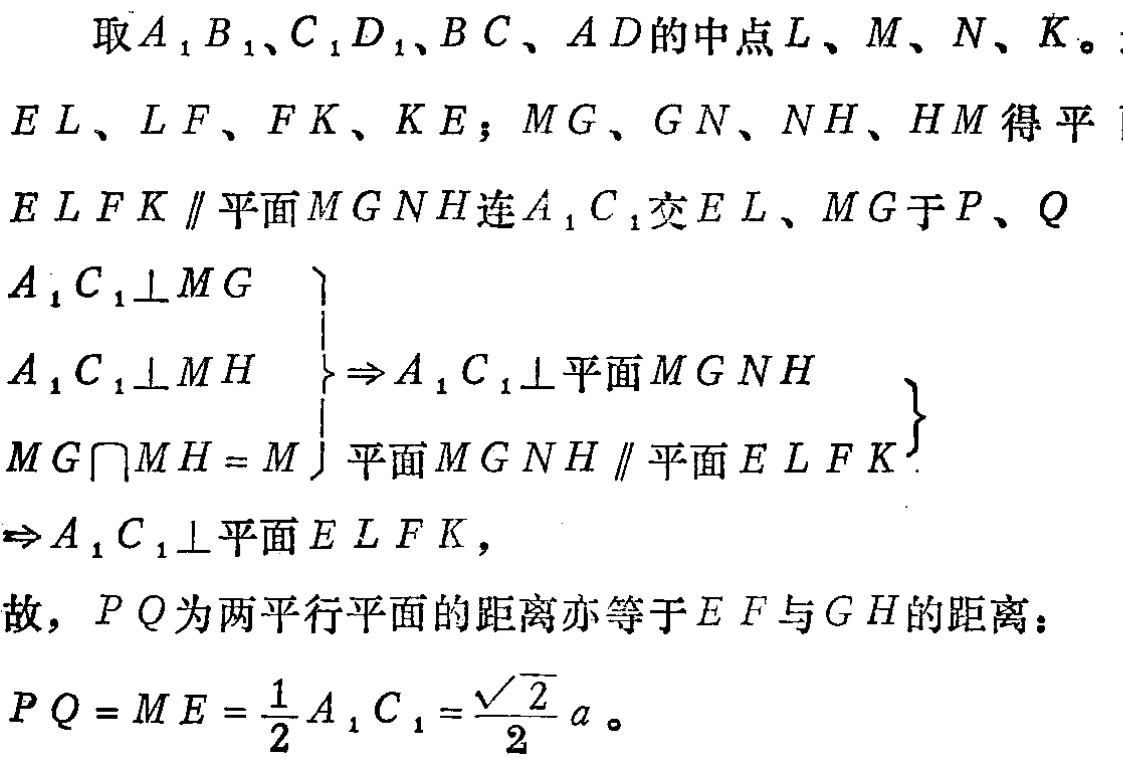
取\(A_1B_1\)、\(C_1D_1\)、\(BC\)、\(AD\)的中点\(L\)、\(M\)、\(N\)、\(K\)。
\(EL\)、\(LF\)、\(FK\)、\(KE\)；\(MG\)、\(GN\)、\(NH\)、\(HM\)得平
\(ELFK\parallel\)平面\(MGNH\)连\(A_1C_1\)交\(EL\)、\(MG\)于\(P\)、\(Q\)
\(\begin{cases}
A_1C_1\perp MG \\
A_1C_1\perp MH \\
MG\cap MH = M
\end{cases}\Rightarrow A_1C_1\perp\)平面\(MGNH\)
\(\left.\begin{array}{l}
\text{平面}MGNH\parallel\text{平面}ELFK
\end{array}\right\}\)
\(\Rightarrow A_1C_1\perp\)平面\(ELFK\)，
故，\(PQ\)为两平行平面的距离亦等于\(EF\)与\(GH\)的距离：
\(PQ = ME=\frac{1}{2}A_1C_1=\frac{\sqrt{2}}{2}a\)。